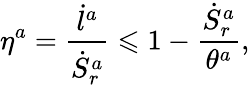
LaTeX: \eta^{a}=\frac{\dot{l}^{a}}{\dot{S}_{r}^{a}}\leqslant 1-\frac{\dot{S}_{r}^{a}}{\theta^{a}},